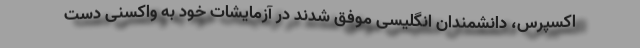
اکسپرس، دانشمندان انگلیسی موفق شدند در آزمایشات خود به واکسنی دست